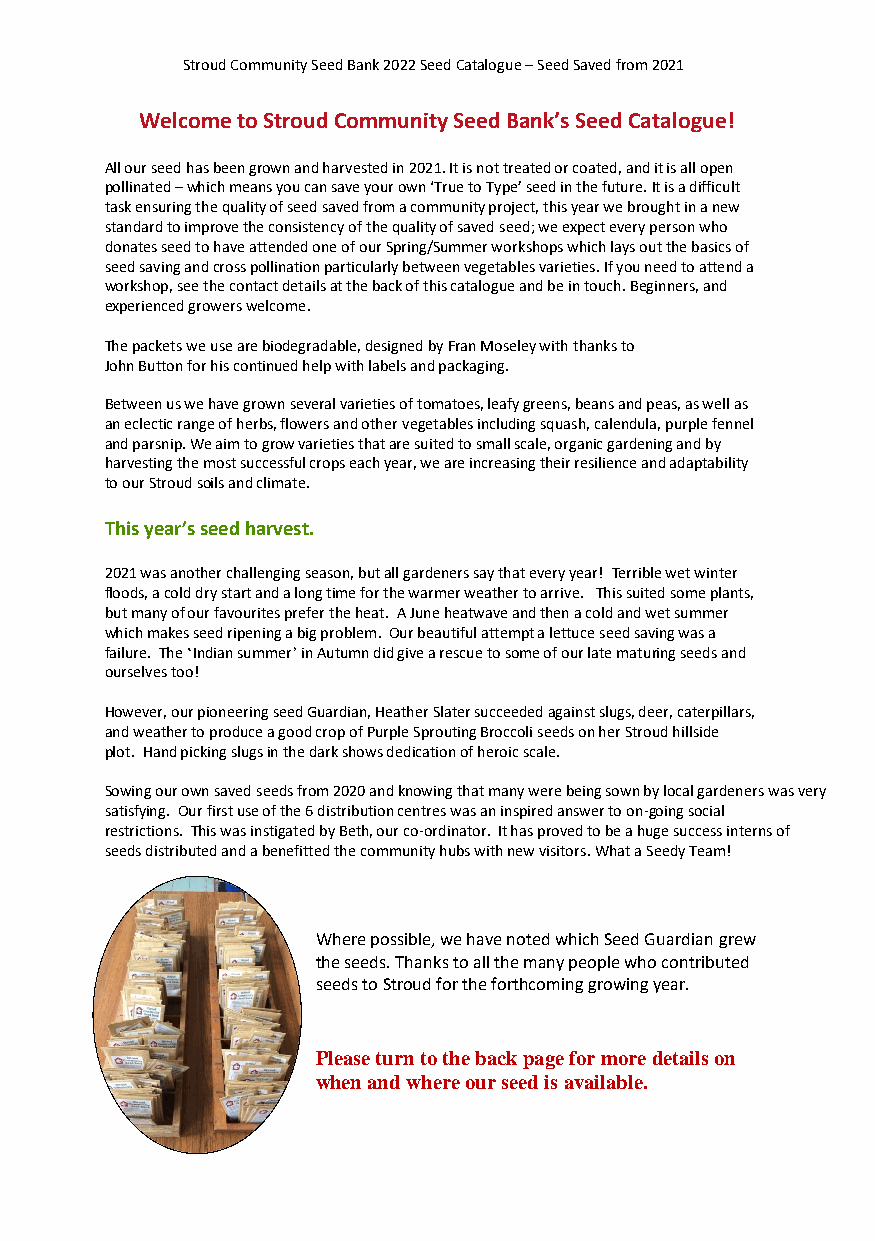
Stroud Community Seed Bank 2022 Seed Catalogue – Seed Saved from 2021
 Welcome to Stroud Community Seed Bank’s Seed Catalogue!
 All our seed has been grown and harvested in 2021. It is not treated or coated, and it is all open
 pollinated – which means you can save your own ‘True to Type’ seed in the future. It is a difficult
 task ensuring the quality of seed saved from a community project, this year we brought in a new
 standard to improve the consistency of the quality of saved seed; we expect every person who
 donates seed to have attended one of our Spring/Summer workshops which lays out the basics of
 seed saving and cross pollination particularly between vegetables varieties. If you need to attend a
 workshop, see the contact details at the back of this catalogue and be in touch. Beginners, and
 experienced growers welcome.
 The packets we use are biodegradable, designed by Fran Moseley with thanks to
 John Button for his continued help with labels and packaging.
 Between us we have grown several varieties of tomatoes, leafy greens, beans and peas, as well as
 an eclectic range of herbs, flowers and other vegetables including squash, calendula, purple fennel
 and parsnip. We aim to grow varieties that are suited to small scale, organic gardening and by
 harvesting the most successful crops each year, we are increasing their resilience and adaptability
 to our Stroud soils and climate.
 This year’s seed harvest.
 2021 was another challenging season, but all gardeners say that every year! Terrible wet winter
 floods, a cold dry start and a long time for the warmer weather to arrive. This suited some plants,
 but many of our favourites prefer the heat. A June heatwave and then a cold and wet summer
 which makes seed ripening a big problem. Our beautiful attempt a lettuce seed saving was a
 failure. The ‘Indian summer’ in Autumn did give a rescue to some of our late maturing seeds and
 ourselves too!
 However, our pioneering seed Guardian, Heather Slater succeeded against slugs, deer, caterpillars,
 and weather to produce a good crop of Purple Sprouting Broccoli seeds on her Stroud hillside
 plot. Hand picking slugs in the dark shows dedication of heroic scale.
 Sowing our own saved seeds from 2020 and knowing that many were being sown by local gardeners was very
 satisfying. Our first use of the 6 distribution centres was an inspired answer to on-going social
 restrictions. This was instigated by Beth, our co-ordinator. It has proved to be a huge success interns of
 seeds distributed and a benefitted the community hubs with new visitors. What a Seedy Team!
 Where possible, we have noted which Seed Guardian grew
 the seeds. Thanks to all the many people who contributed
 seeds to Stroud for the forthcoming growing year.
 Please turn to the back page for more details on
 when and where our seed is available.